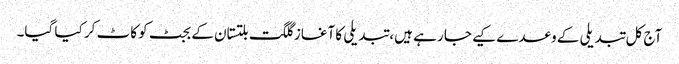
آج کل تبدیلی کے وعدے کیے جا رہے ہیں، تبدیلی کا آغاز گلگت بلتستان کے بجٹ کو کاٹ کر کیا گیا۔